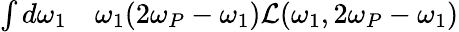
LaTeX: \begin{array}{rl}{\int d\omega_{1}}&{{}\omega_{1}(2\omega_{P}-\omega_{1})\mathcal{L}(\omega_{1},2\omega_{P}-\omega_{1})}\end{array}